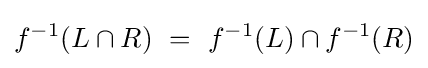
f^{-1}(L\cap R)~=~f^{-1}(L)\cap f^{-1}(R)